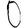
Digit: 0